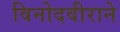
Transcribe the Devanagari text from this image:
विनोदवीराने